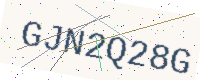
Text: GJN2Q28G